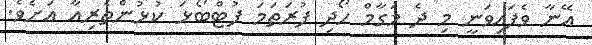
އޭނާ ވެފައިވަނީ މި ދެ މަގާމް ހޯދި ފުރަތަމަ ފުޓްބޯޅަ ކުޅުންތެރިއާ އަށެވެ.